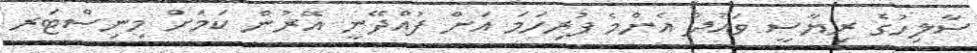
ސާލިހުގެ ރިޔާސީ ވައުދު އެންމެ ފުރިހަމަ އަށް ފުއްދޭނީ އޭރުން ކަމަށް މިނިސްޓަރ